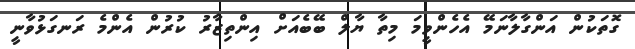
ގޮތަކުން އަންގާލާނަމޭ އެހެންވީމަ މިތާ ޔާލް ބޭބެއަށް އިންތިޒާރު ކުރުން އެންމެ ރަނގަޅުވާނީ